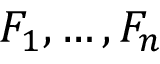
F _ { 1 } , \ldots , F _ { n }